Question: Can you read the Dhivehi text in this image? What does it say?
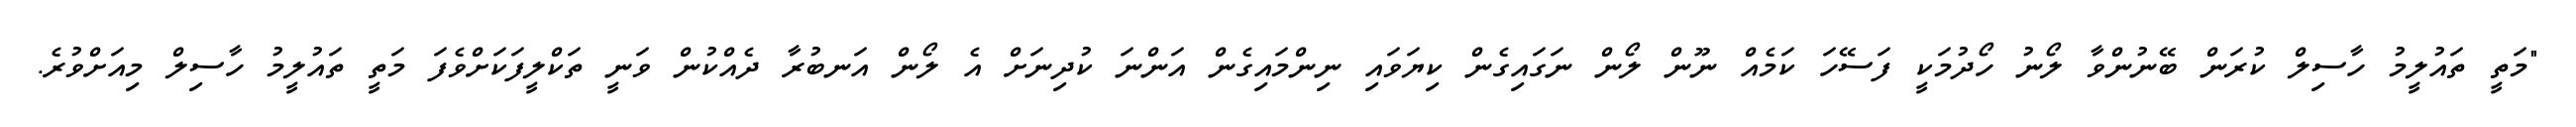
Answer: "މަތީ ތައުލީމު ހާސިލް ކުރަން ބޭނުންވާ ލޯނު ހޯދުމަކީ ފަސޭހަ ކަމެއް ނޫން ލޯން ނަގައިގެން ކިޔަވައި ނިންމައިގެން އަންނަ ކުދިނަށް އެ ލޯން އަނބުރާ ދެއްކުން ވަނީ ތަކްލީފަކަށްވެފަ މަތީ ތައުލީމު ހާސިލް މިއަށްވުރެ.